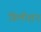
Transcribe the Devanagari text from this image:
डिलीशन